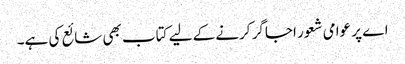
اے پر عوامی شعور اجاگر کرنے کے لیے کتاب بھی شائع کی ہے۔